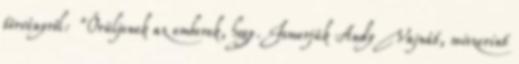
törvényről: "Örüljenek az emberek, hogy. Ismerjük Andy Vajnát, miszerint